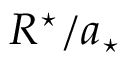
R ^ { \star } / a _ { \star }